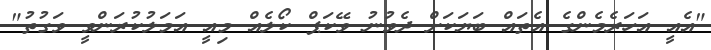
"އެއީ އަހަރެމެންގެ އެތައް ބަޔަކަށް ދެވުނު ވޭކަޕް ކޯލެއް މިއީ އަމަލުކުރަންވީ ވަގުތު"